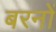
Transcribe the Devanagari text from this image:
बरनों